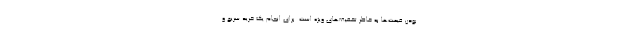
بودن قیمت‌ها به خاطر تخفیف‌های ویژه است. برای انجام یک خرید سریع و